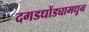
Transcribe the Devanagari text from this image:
दगडधोंड्यामधून